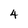
Character: 4